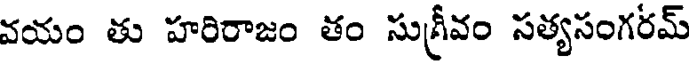
వయం తు హరిరాజం తం సుగ్రీవం సత్యసంగరమ్